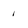
Character: 1